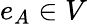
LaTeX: e_{A}\in V